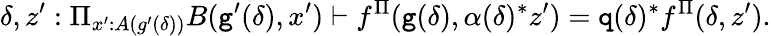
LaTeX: \delta,z^{\prime}:\Pi_{x^{\prime}:A(g^{\prime}(\delta))}B(\textnormal{\texttt{g}}^{\prime}(\delta),x^{\prime})\vdash f^{\Pi}(\textnormal{\texttt{g}}(\delta),\alpha(\delta)^{*}z^{\prime})=\textnormal{\texttt{q}}(\delta)^{*}f^{\Pi}(\delta,z^{\prime}).